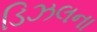
ડિઝલના